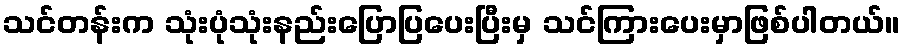
သင်တန်းက သုံးပုံသုံးနည်းပြောပြပေးပြီးမှ သင်ကြားပေးမှာဖြစ်ပါတယ်။